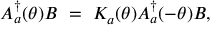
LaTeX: A _ { a } ^ { \dagger } ( \theta ) B ~ = ~ K _ { a } ( \theta ) A _ { a } ^ { \dagger } ( - \theta ) B ,